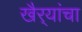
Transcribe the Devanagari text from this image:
खैर्‍यांचा